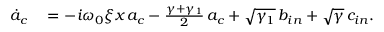
\begin{array} { r l } { \dot { a } _ { c } } & { { } = - i \omega _ { 0 } \xi x \, a _ { c } - \frac { \gamma + \gamma _ { 1 } } { 2 } \, a _ { c } + \sqrt { \gamma _ { 1 } } \, b _ { i n } + \sqrt { \gamma } \, c _ { i n } . } \end{array}